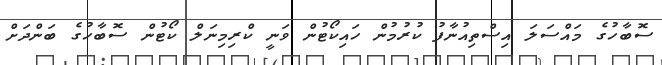
ސޮބާހުގެ މައްސަލަ އިސްތިއުނާފު ކުރުމުން ހައިކޯޓުން ވަނީ ކްރިމިނަލް ކޯޓުން ސޮބާހުގެ ބަންދަށް